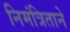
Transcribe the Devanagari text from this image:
निमंत्रिताने